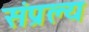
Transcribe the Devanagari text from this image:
संप्रल्य